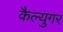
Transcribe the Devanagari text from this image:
कैल्युगर